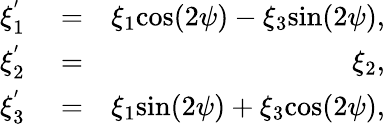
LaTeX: \begin{array}{rlr}{\xi_{1}^{'}}&{{}=}&{\xi_{1}\mathrm{cos}(2\psi)-\xi_{3}\mathrm{sin}(2\psi),}\\ {\xi_{2}^{'}}&{{}=}&{\xi_{2},}\\ {\xi_{3}^{'}}&{{}=}&{\xi_{1}\mathrm{sin}(2\psi)+\xi_{3}\mathrm{cos}(2\psi),}\end{array}